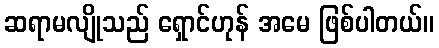
ဆရာမလျိုသည် ရှောင်ဟုန် အမေ ဖြစ်ပါတယ်။